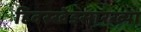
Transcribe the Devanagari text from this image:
हिवरखेडसारख्या